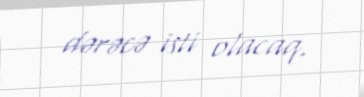
dərəcə isti olacaq.